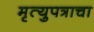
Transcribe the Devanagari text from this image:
मृत्युपत्राचा